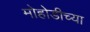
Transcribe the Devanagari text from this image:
मोहोडीच्या